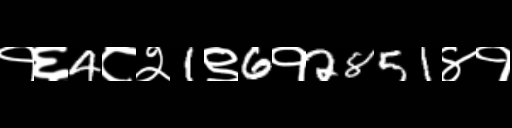
Text: १६4८२1९6१2851४१